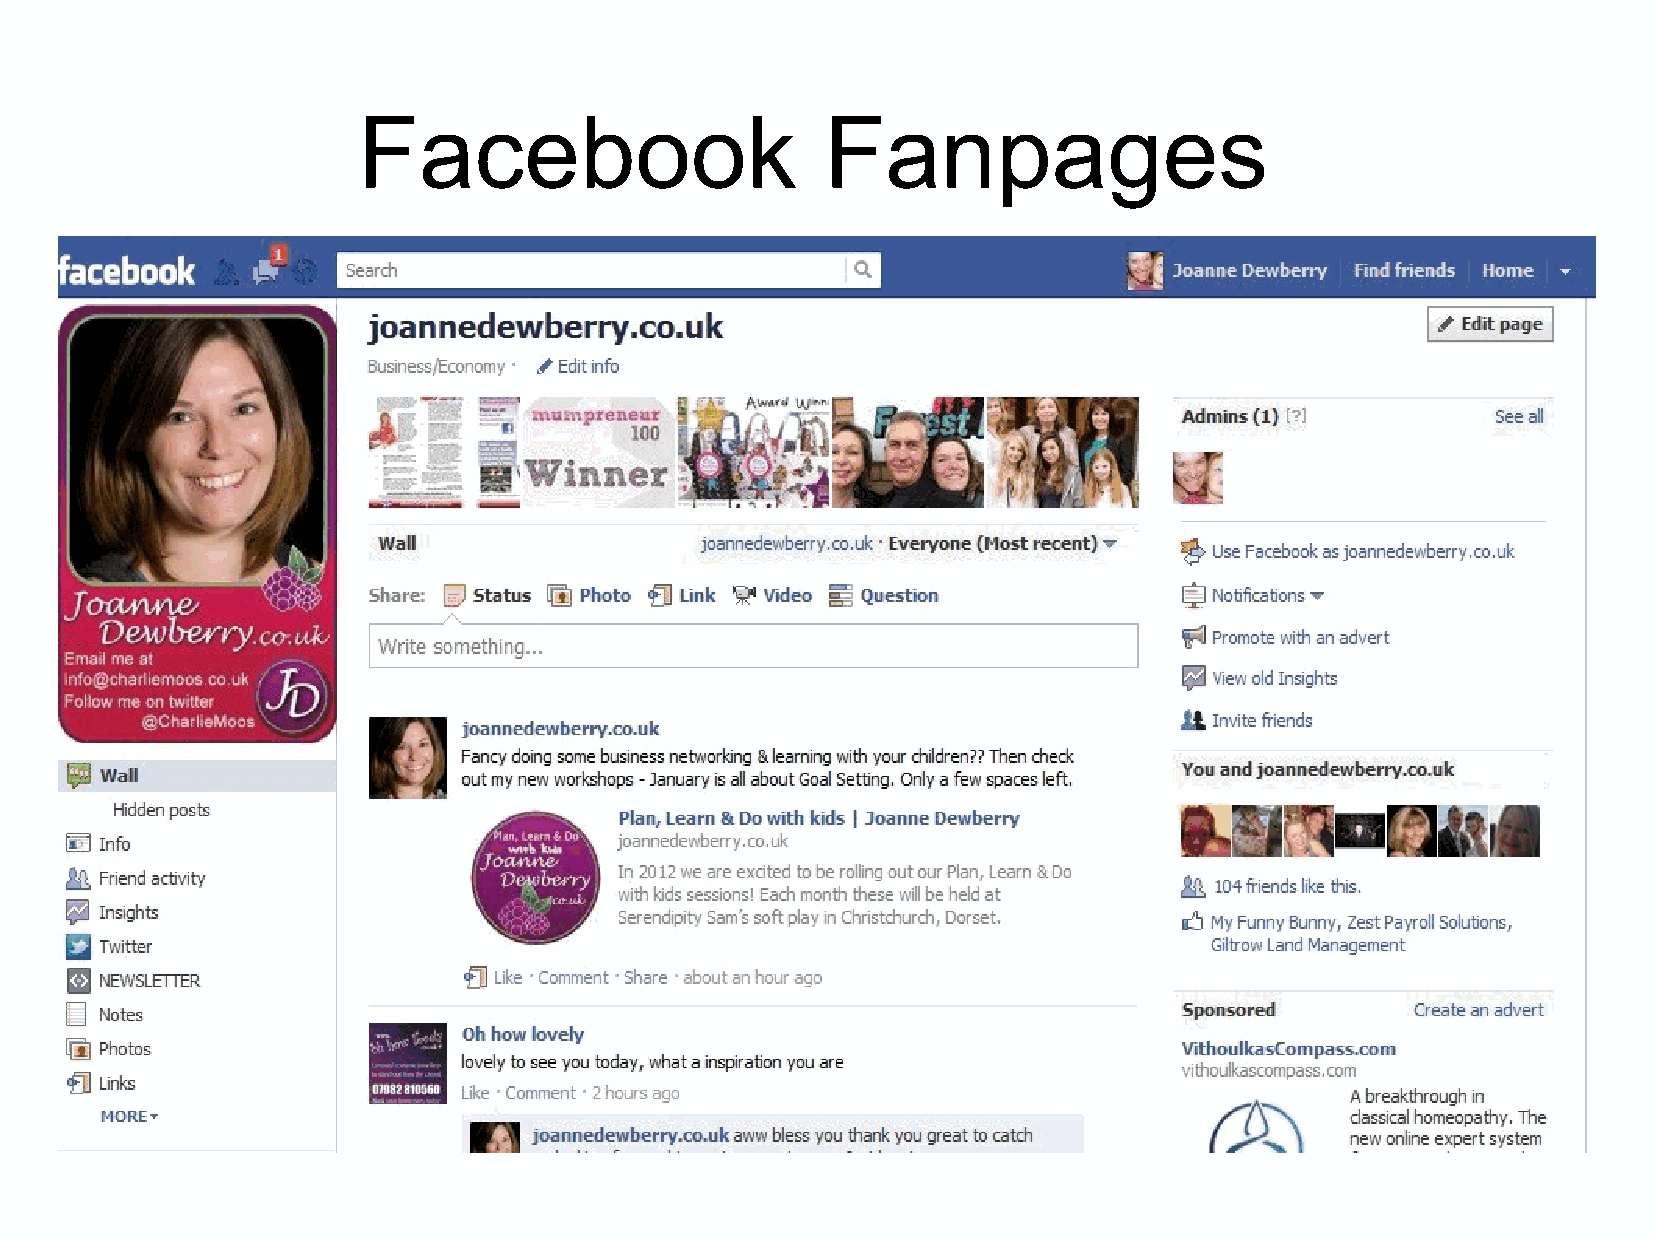
Facebook                       Fanpages